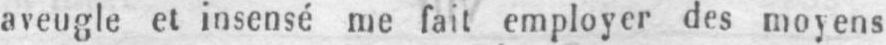
aveugle et insensé me fait employer des moyens